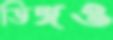
ডিঙ্গও